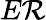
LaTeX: E\mathcal{R}